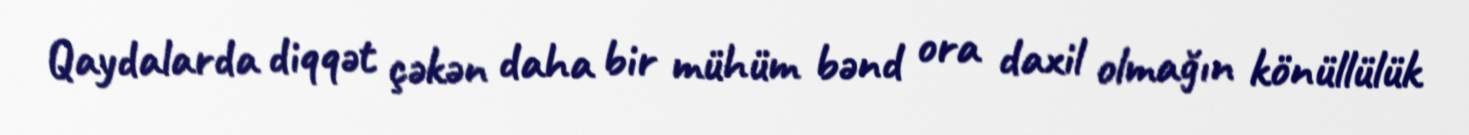
Qaydalarda diqqət çəkən daha bir mühüm bənd ora daxil olmağın könüllülük